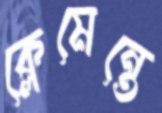
ক্লেমেন্তে